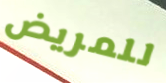
للمريض